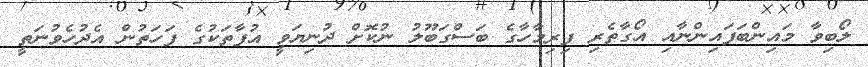
ލޯބިވާ މައިންބަފައިންނާއި އޯގާތެރި ފިރިމާހާގެ ބަސްގަބޫލު ނުކޮށް ދުނިޔަވީ އުފާތަކުގެ ފަހަތުން އެދުހެވުނަތީ